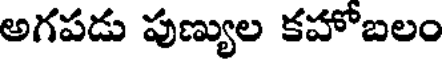
అగపడు పుణ్యుల కహోబలం